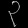
Digit: ၃